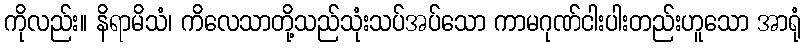
ကိုလည်း။ နိရာမိသံ၊ ကိလေသာတို့သည်သုံးသပ်အပ်သော ကာမဂုဏ်ငါးပါးတည်းဟူသော အာရုံ